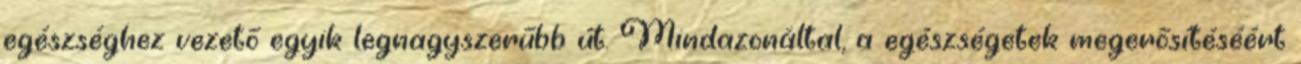
egészséghez vezető egyik legnagyszerűbb út. Mindazonáltal, a egészségetek megerősítéséért